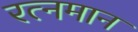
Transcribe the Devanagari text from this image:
रत्नमान